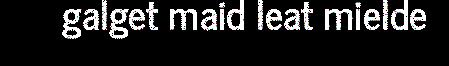
galget maid leat mielde